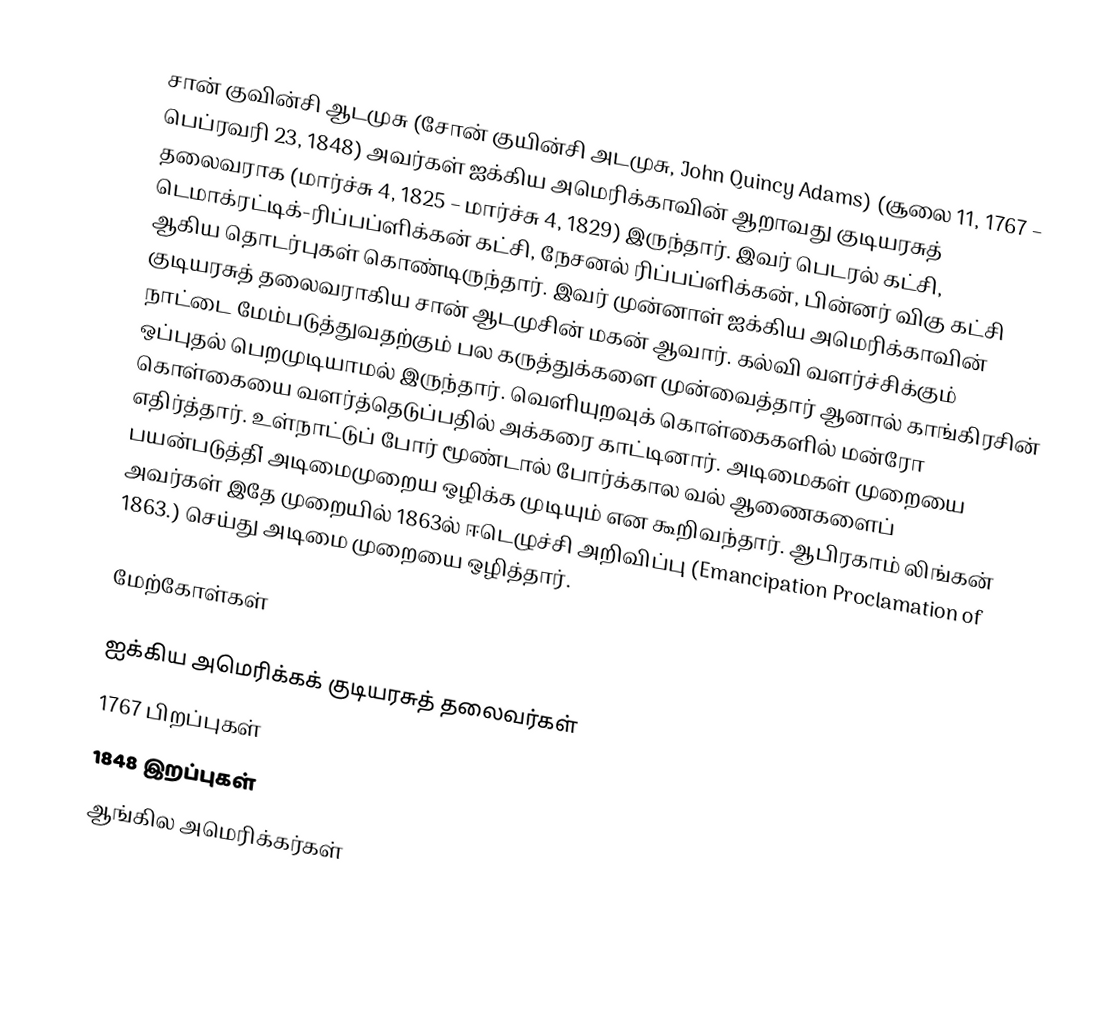
சான் குவின்சி ஆடமுசு (சோன் குயின்சி அடமுசு, John Quincy Adams) (சூலை 11, 1767 – பெப்ரவரி 23, 1848) அவர்கள் ஐக்கிய அமெரிக்காவின் ஆறாவது குடியரசுத் தலைவராக (மார்ச்சு 4, 1825 – மார்ச்சு 4, 1829) இருந்தார். இவர் பெடரல் கட்சி, டெமாக்ரட்டிக்-ரிப்பப்ளிக்கன் கட்சி, நேசனல் ரிப்பப்ளிக்கன், பின்னர் விகு கட்சி ஆகிய தொடர்புகள் கொண்டிருந்தார். இவர் முன்னாள் ஐக்கிய அமெரிக்காவின் குடியரசுத் தலைவராகிய சான் ஆடமுசின் மகன் ஆவார். கல்வி வளர்ச்சிக்கும் நாட்டை மேம்படுத்துவதற்கும் பல கருத்துக்களை முன்வைத்தார் ஆனால் காங்கிரசின் ஒப்புதல் பெறமுடியாமல் இருந்தார். வெளியுறவுக் கொள்கைகளில் மன்ரோ கொள்கையை வளர்த்தெடுப்பதில் அக்கரை காட்டினார். அடிமைகள் முறையை எதிர்த்தார்.  உள்நாட்டுப் போர் மூண்டால் போர்க்கால வல் ஆணைகளைப் பயன்படுத்தி் அடிமைமுறைய ஒழிக்க முடியும் என கூறிவந்தார். ஆபிரகாம் லிங்கன் அவர்கள் இதே முறையில் 1863ல் ஈடெழுச்சி அறிவிப்பு (Emancipation Proclamation of 1863.) செய்து அடிமை முறையை ஒழித்தார்.

மேற்கோள்கள்

ஐக்கிய அமெரிக்கக் குடியரசுத் தலைவர்கள்
1767 பிறப்புகள்
1848 இறப்புகள்
ஆங்கில அமெரிக்கர்கள்